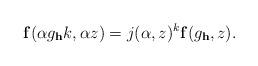
LaTeX: \begin{align*}\mathbf{f}(\alpha g_{\mathbf{h}}k,\alpha z)=j(\alpha,z)^k\mathbf{f}(g_{\mathbf{h}},z).\end{align*}